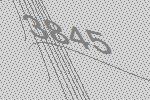
3845